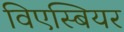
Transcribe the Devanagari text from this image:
विएस्बियर